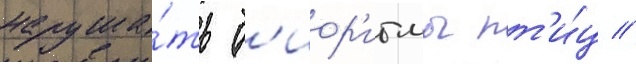
наруша́ть б'иор'итмы пт'и́ц //